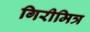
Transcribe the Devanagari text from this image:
गिरीमित्र